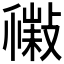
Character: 𢿹